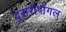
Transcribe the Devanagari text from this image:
दूसरीपोंगल